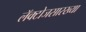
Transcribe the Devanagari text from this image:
लॅक्टोजसारख्या